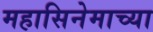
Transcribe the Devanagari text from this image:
महासिनेमाच्या